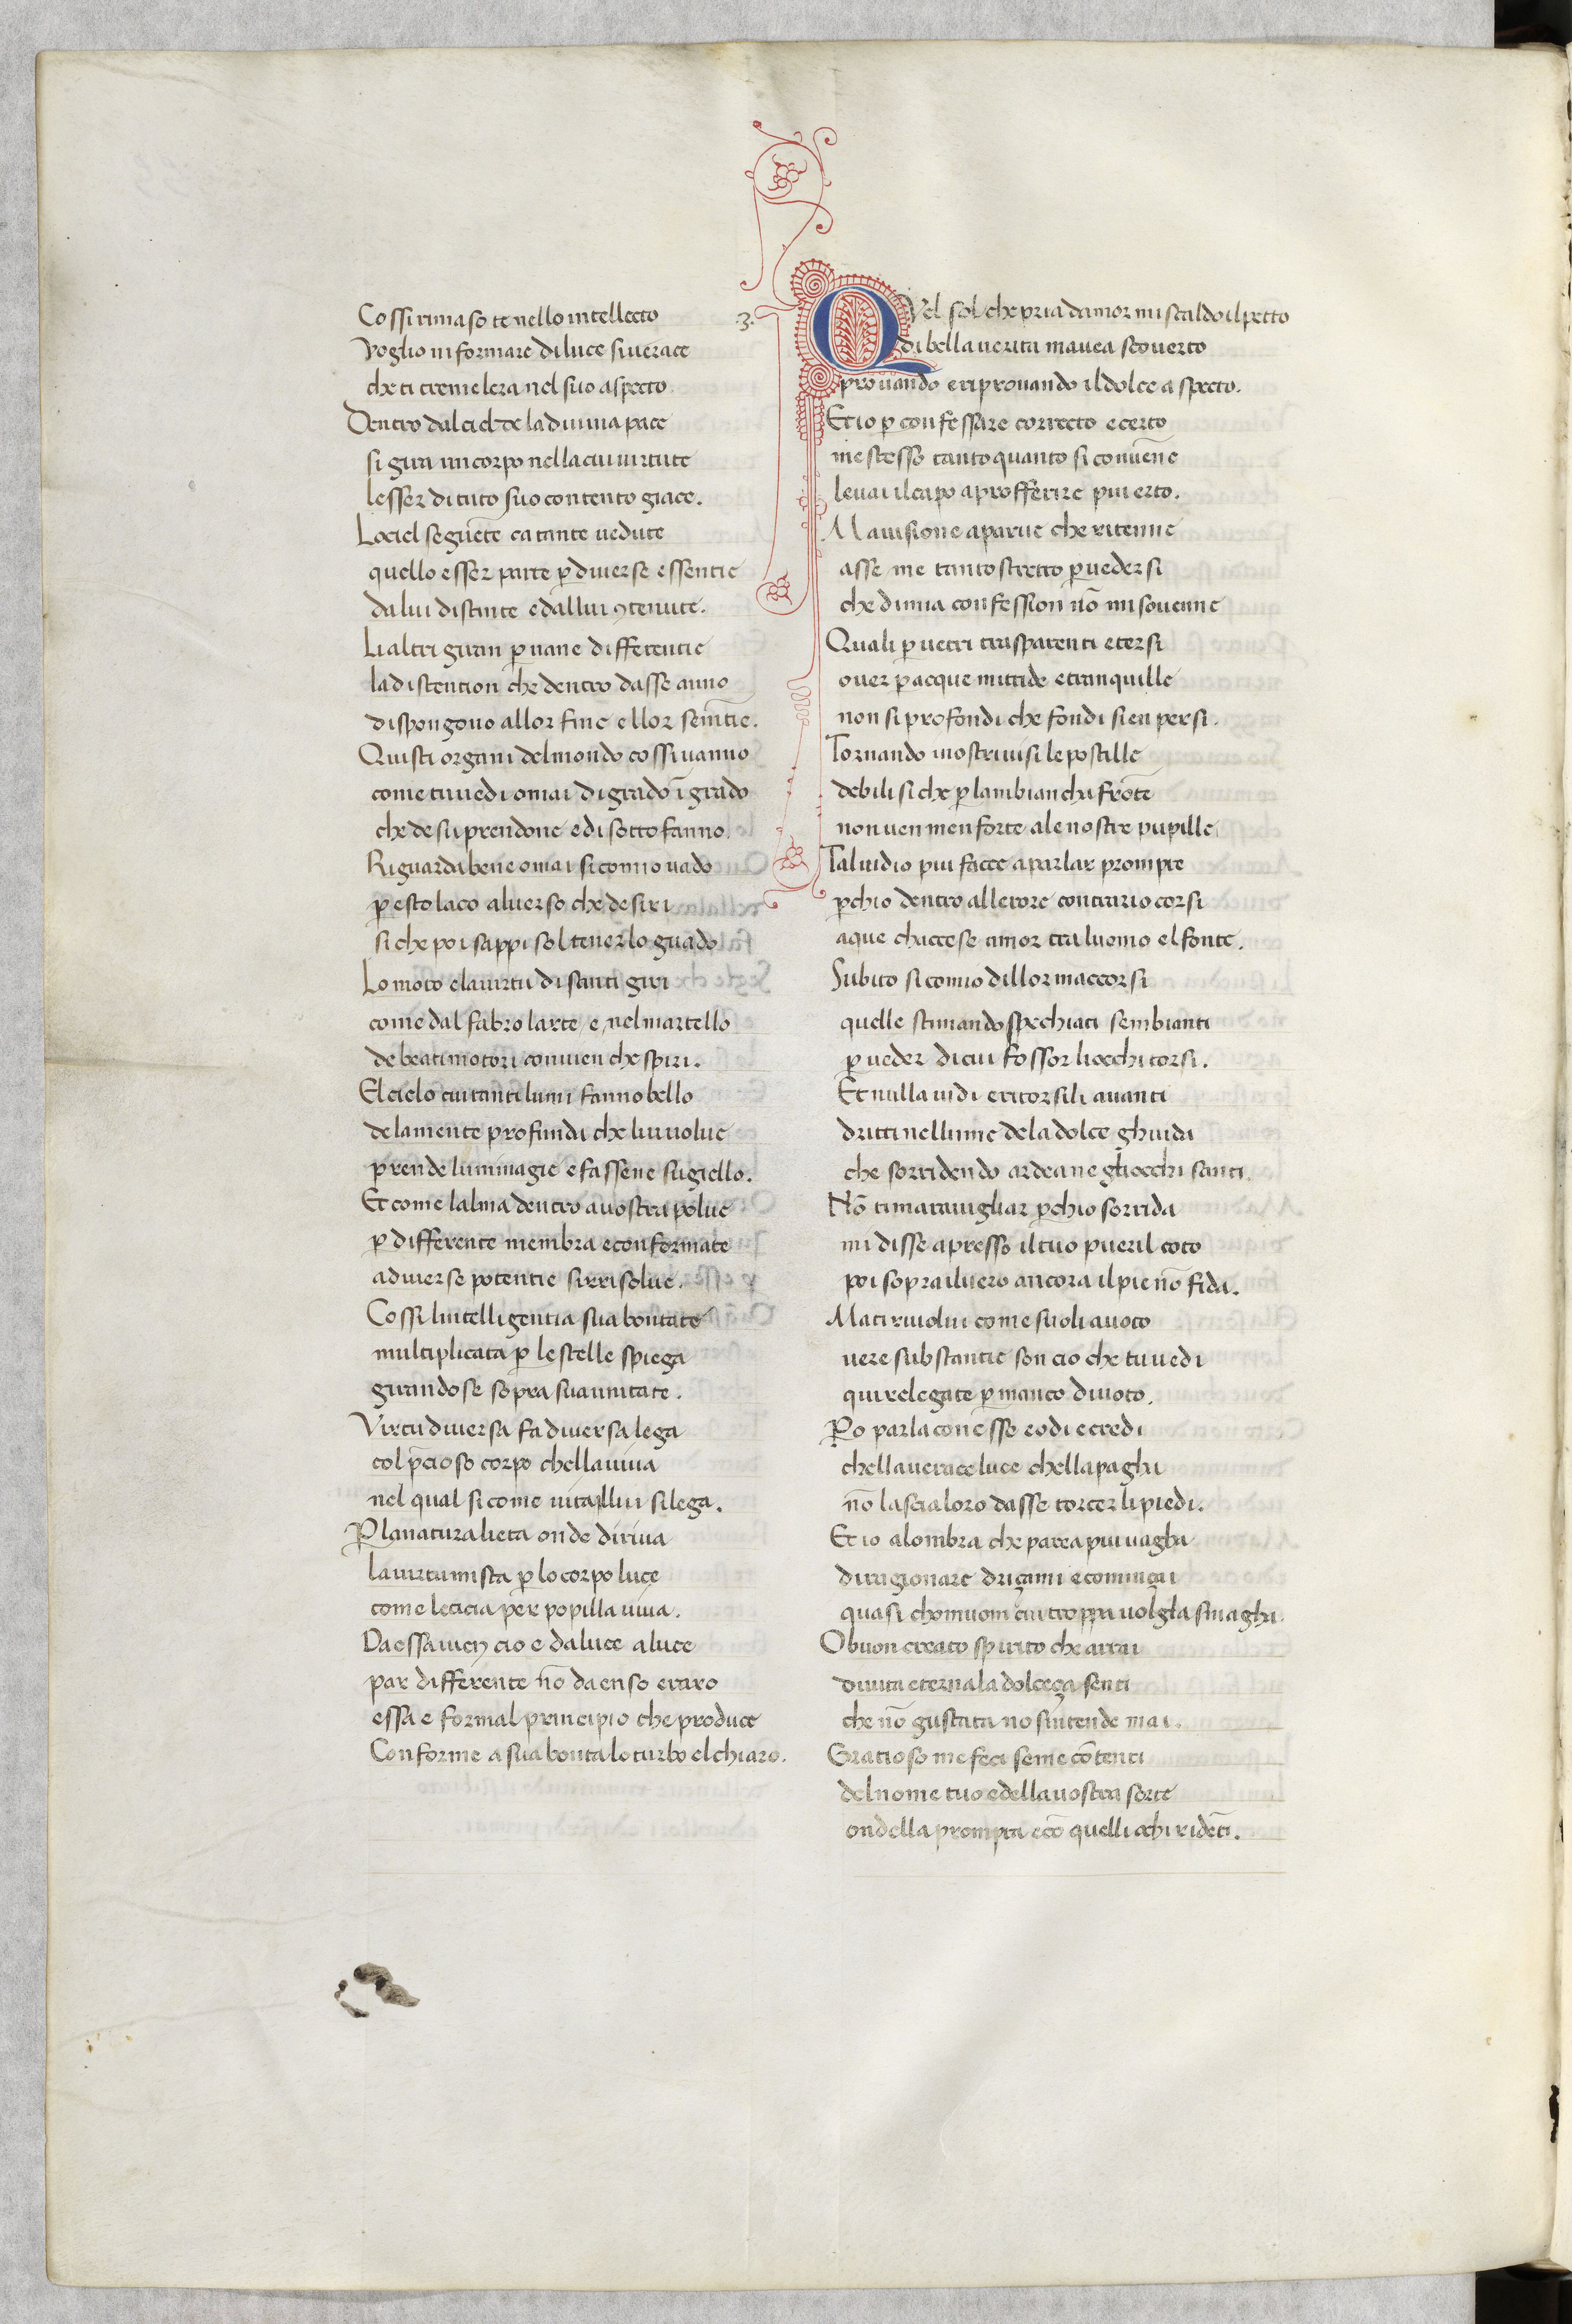
Shelfmark: Paris, BnF, ita. 79
Century: 14